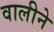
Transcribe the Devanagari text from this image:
वालीने